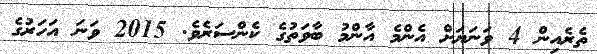
ތެރެއިން 4 ވަނަޔަށް އެންމެ އާންމު ބާވަތުގެ ކެންސަރެވެ. 2015 ވަނަ އަހަރުގެ